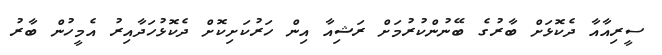
ސީރިއާއާ ދެކޮޅަށް ބާރުގެ ބޭނުންކުރުމަށް ރަޝިއާ އިން ހަރުކަށިކޮށް ދެކޮޅުހަދާއިރު އެމީހުން ބާރު